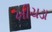
ખીચડા